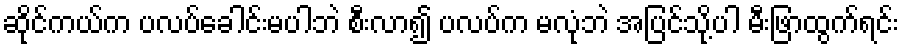
ဆိုင်ကယ်က ပလပ်ခေါင်းမပါဘဲ စီးလာ၍ ပလပ်က မလုံဘဲ အပြင်သို့ပါ မီးဖြာထွက်ရင်း